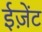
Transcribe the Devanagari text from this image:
ईज़ेंट